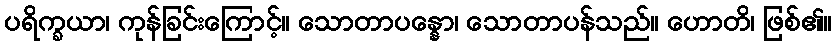
ပရိက္ခယာ၊ ကုန်ခြင်းကြောင့်။ သောတာပန္နော၊ သောတာပန်သည်။ ဟောတိ၊ ဖြစ်၏။